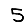
Digit: 5